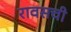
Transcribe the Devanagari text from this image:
रावसची